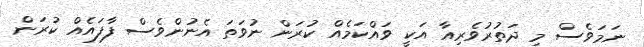
ނަމަވެސް މި ދަތުރުވެރިއާ އަކީ ވައްކަމެއް ކުރަން ނުވަތަ އެނުންވެސް ފާފައެއް ކުރަން